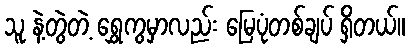
သူ နဲ့တွဲတဲ့ ရွှေကွမှာလည်း မြေပုံတစ်ချပ် ရှိတယ်။